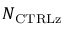
N _ { \mathrm { { C T R L z } } }